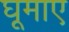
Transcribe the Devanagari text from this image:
घूमाए